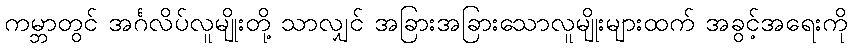
ကမ္ဘာတွင် အင်္ဂလိပ်လူမျိုးတို့ သာလျှင် အခြားအခြားသောလူမျိုးများထက် အခွင့်အရေးကို